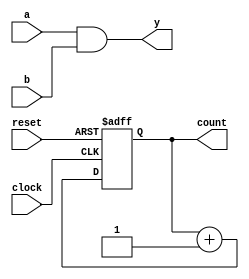
module comb_seq_example (
    input wire a,              // Input for combinational logic
    input wire b,              // Input for combinational logic
    input wire clock,          // Clock signal for sequential logic
    input wire reset,          // Reset signal
    output reg y,             // Output for combinational logic
    output reg [3:0] count     // Output for sequential logic (4-bit counter)
);

// Combinational Logic
always @* begin
    // Example: Simple 2-input AND gate
    y = a & b;
end

// Sequential Logic
always @(posedge clock or posedge reset) begin
    if (reset) begin
        count <= 4'b0000;       // Reset count to 0
    end else begin
        count <= count + 1;     // Increment count on clock edge
    end
end

endmodule